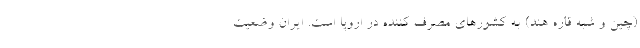
(چین و شبه قاره هند) به کشورهای مصرف کننده در اروپا است. ایران وضعیت